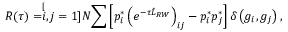
R ( \tau ) = \stackrel [ i , j = 1 ] { N } { \sum } \left[ p _ { i } ^ { * } \left( e ^ { - \tau \hat { L } _ { R W } } \right) _ { i j } - p _ { i } ^ { * } p _ { j } ^ { * } \right] \delta \left( g _ { i } , g _ { j } \right) ,